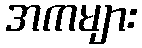
အကများ